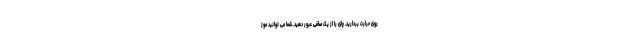
روی حرارت بردارید. چای را از یک صافی عبور دهید. شما می توانید موز